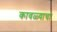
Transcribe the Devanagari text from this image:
कावळ्याचा